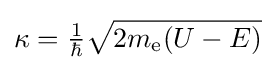
\kappa ={\tfrac {1}{\hbar }}{\sqrt {2m_{\text{e}}(U-E)}}